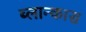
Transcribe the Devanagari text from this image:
ब्लान्कास